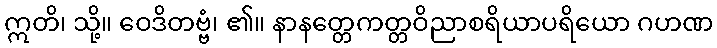
ဣတိ၊ သို့။ ဝေဒိတဗ္ဗံ၊ ၏။ နာနတ္တေကတ္တဝိညာစရိယာပရိယော ဂဟဏ